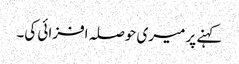
کہنے پر میری حوصلہ افزائی کی۔